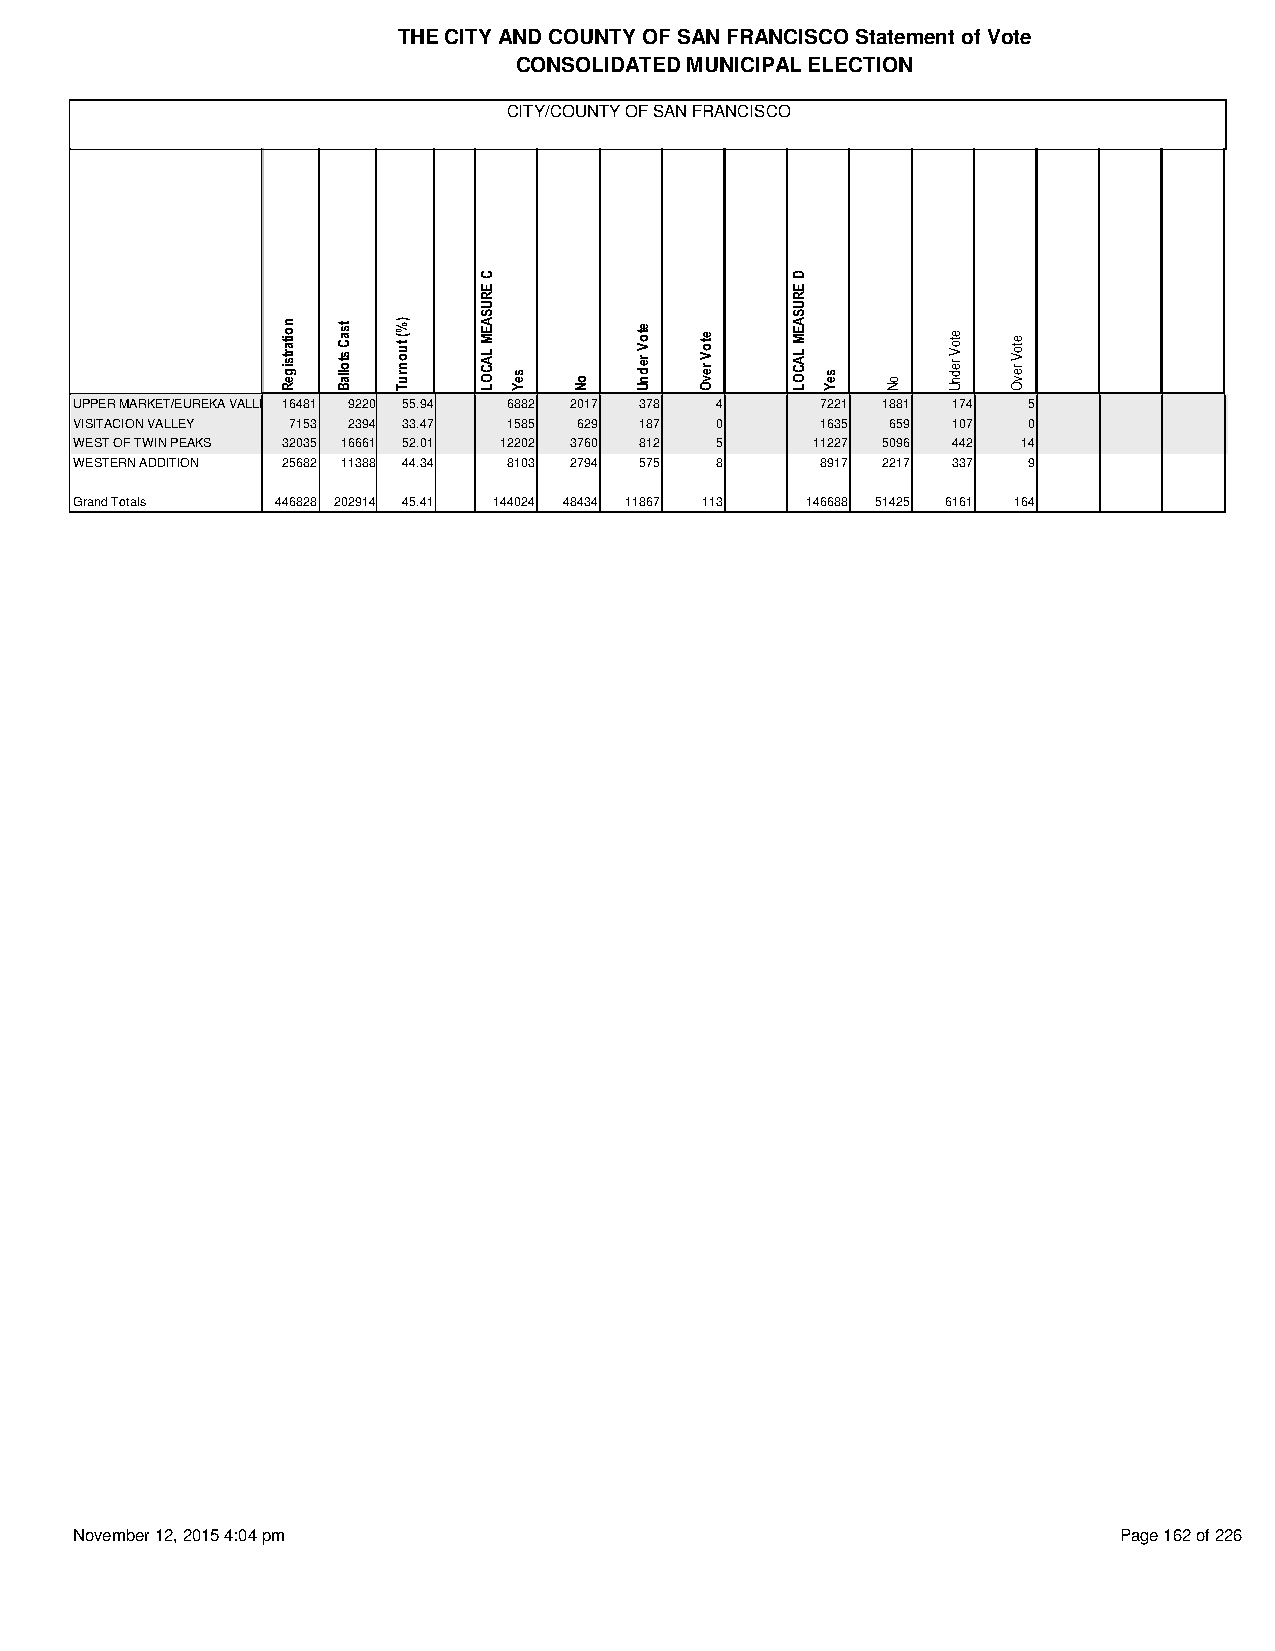
THE CITY AND COUNTY OF SAN FRANCISCO Statement of Vote
 CONSOLIDATED MUNICIPAL ELECTION
 CITY/COUNTY OF SAN FRANCISCO
 UPPER MARKET/EUREKA VALLEY 16481 9220 55.94 6882 2017 378 4 7221 1881 174 5
 VISITACION VALLEY 7153 2394 33.47 1585 629 187 0 1635 659 107  0
 WEST OF TWIN PEAKS 32035 16661 52.01 12202 3760 812 5 11227 5096 442 14
 WESTERN ADDITION 25682 11388 44.34 8103 2794 575 8 8917 2217 337 9
 Grand Totals 446828 202914 45.41 144024 48434 11867 113 146688 51425 6161 164
 November 12, 2015 4:04 pm                                            Page 162 of 226
 noitartsigeR tsaC
 stollaB
 )%(
 tuonruT
 C
 ERUSAEM
 LACOL seY
 oN
 etoV
 rednU
 etoV
 revO
 D
 ERUSAEM
 LACOL seY
 oN
 etoV
 rednU
 etoV
 revO